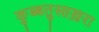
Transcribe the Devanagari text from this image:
कुब्बतुस्सख़रा